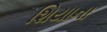
શિયાના